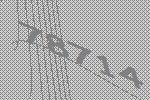
78714